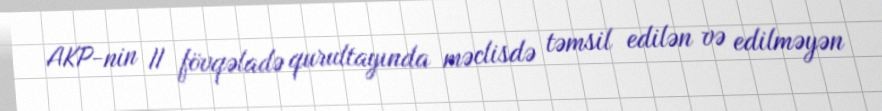
AKP-nin II fövqəladə qurultayında məclisdə təmsil edilən və edilməyən